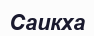
Саикха